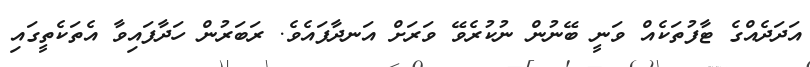
އަދަދެއްގެ ޓާފުތަކެއް ވަނީ ބޭނުން ނުކުރެވޭ ވަރަށް އަނދާފައެވެ. ރަބަރުން ހަދާފައިވާ އެތަކެތީގައި